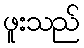
ဖူးသည်